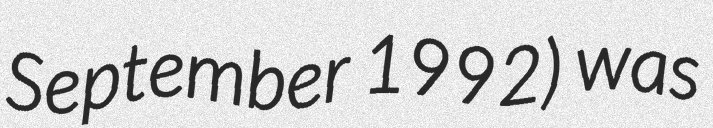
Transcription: September 1992) was